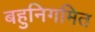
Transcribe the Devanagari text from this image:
बहुनिगमित